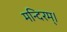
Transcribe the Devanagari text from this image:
मन्दिरम्।